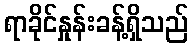
ရာခိုင်နှုန်းခန့်ရှိသည်